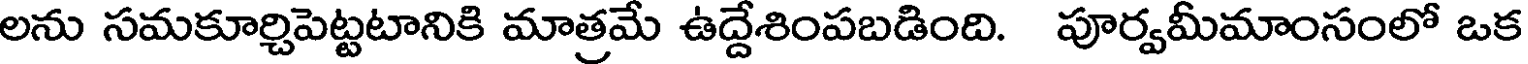
లను సమకూర్చిపెట్టటానికి మాత్రమే ఉద్దేశింపబడింది. పూర్వమీమాంసంలో ఒక